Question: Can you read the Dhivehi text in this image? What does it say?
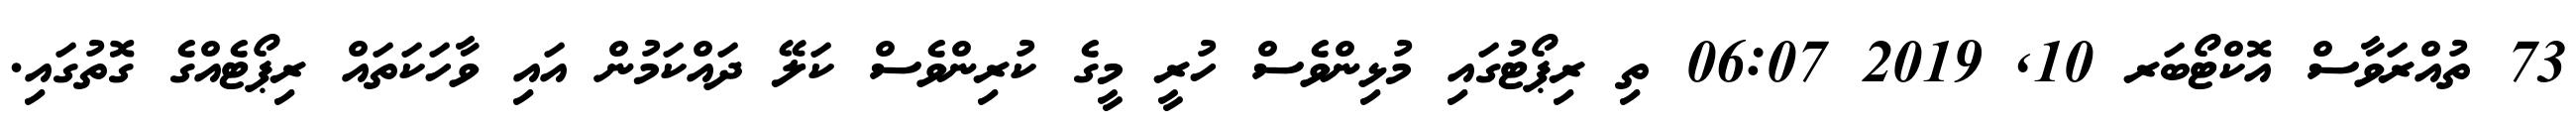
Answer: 73 ތުއްރަވާސް އޮކްޓޯބަރ 10, 2019 06:07 ތި ރިޕޯޓުގައި މުޅިންވެސް ހުރީ މީގެ ކުރިންވެސް ކަލޭ ދައްކަމުން އައި ވާހަކަތައް ރިޕޯޓެއްގެ ގޮތުގައި.